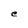
Character: e